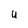
Character: U